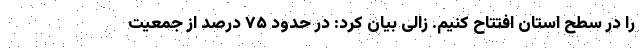
را در سطح استان افتتاح کنیم. زالی بیان کرد: در حدود ۷۵ درصد از جمعیت